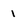
Character: 1